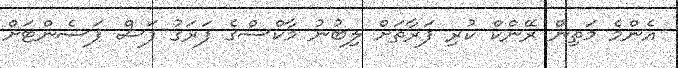
އެންމެ މަތިން ރޭންކް ކުރި ފަރާތަށް ލިބުނު މާކްސްގެ ފަރަގު ފަސް ޕަސެންޓަށް